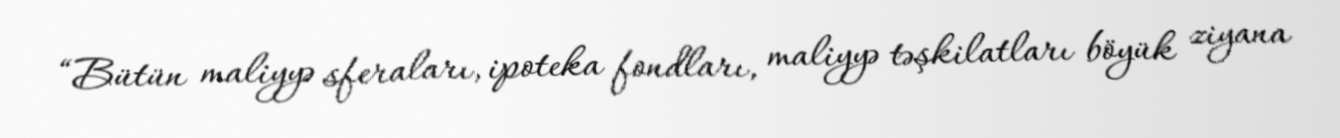
“Bütün maliyyə sferaları, ipoteka fondları, maliyyə təşkilatları böyük ziyana